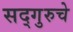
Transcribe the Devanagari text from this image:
सद्गुरुचे